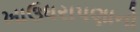
ખાઉધરાપણાનો